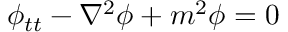
\phi _ { t t } - \nabla ^ { 2 } \phi + m ^ { 2 } \phi = 0